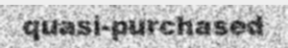
quasi-purchased